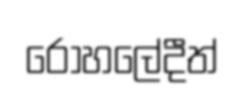
රෝහලේදීත්